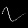
Digit: ၇